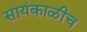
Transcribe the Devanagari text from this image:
सायंकाळीच